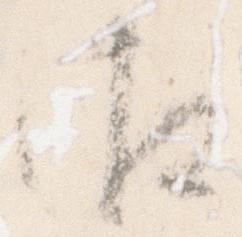
御